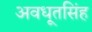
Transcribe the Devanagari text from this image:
अवधूतसिंह